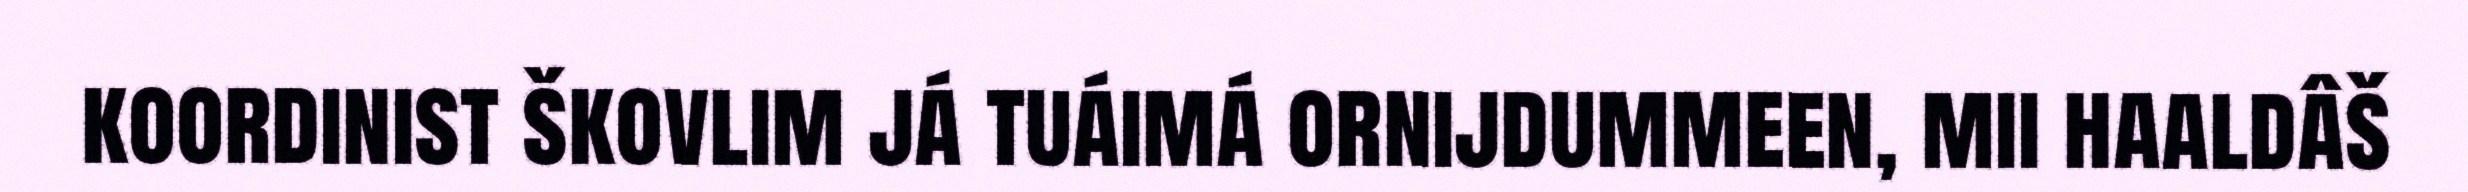
koordinist škovlim já tuáimá ornijdummeen, mii haaldâš